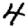
Digit: 4